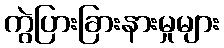
ကွဲပြားခြားနားမှုများ